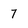
Character: 7